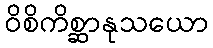
ဝိစိကိစ္ဆာနုသယော